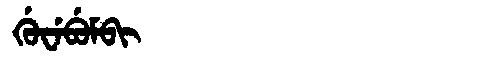
Manchu: ᡤᡠᠸᡝᠪᡠᠮᠪᡳ
Romanization: GUWEBUMBI